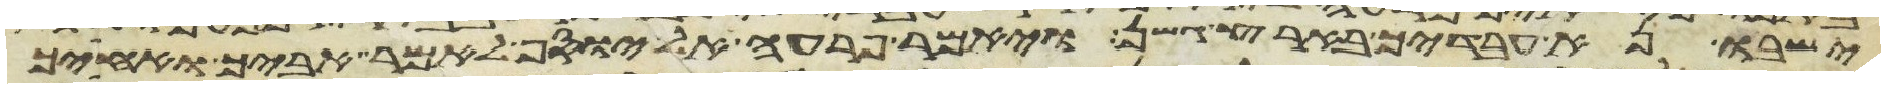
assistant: ישבו נא עבדיך בארץ גשן ויאמר פרעה אל יוסף לאמר אביך ואחיך